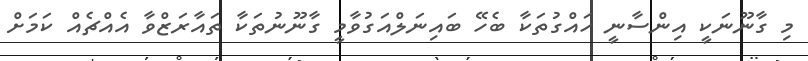
މި ގާނޫނަކީ އިންސާނީ ހައްގުތަކާ ބެހޭ ބައިނަލްއަގުވާމީ ގާނޫނުތަކާ ތައާރަޒްވާ އެއްޗެއް ކަމަށް